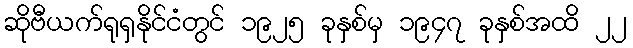
ဆိုဗီယက်ရုရှနိုင်ငံတွင် ၁၉၂၅ ခုနှစ်မှ ၁၉၄၇ ခုနှစ်အထိ ၂၂